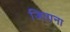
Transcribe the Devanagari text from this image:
जिताना